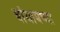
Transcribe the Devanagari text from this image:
बांधायच्या